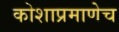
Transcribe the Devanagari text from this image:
कोशाप्रमाणेच